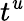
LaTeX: t^{\mathit{u}}